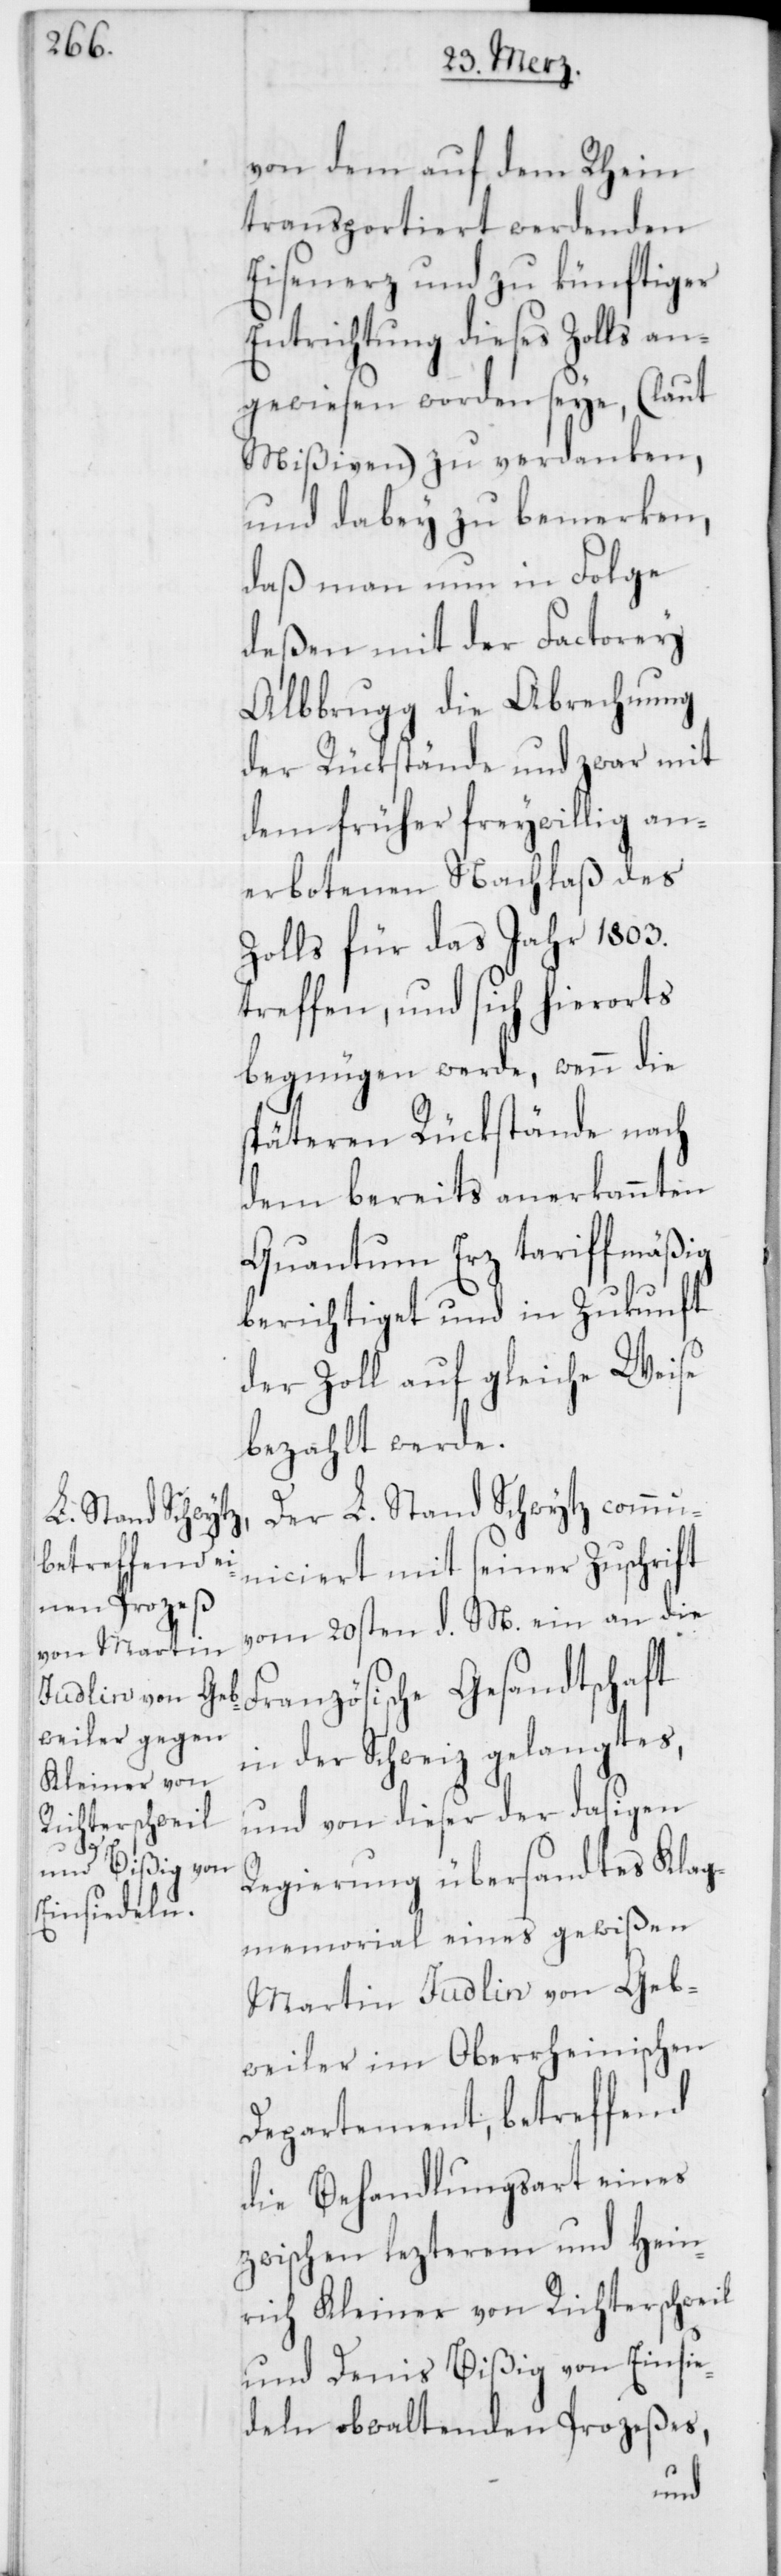
von dem auf dem Rhein
transportiert werdenden
Eisenerz und zu künftiger
Entrichtung dieses Zolls an¬
gewiesen worden seye, (laut
Mißiven) zu verdanken,
und dabey zu bemerken,
daß man nun in Folge
deßen mit der Factorey
Albbrugg die Abrechnung
der Rückstände und zwar mit
dem früher freywillig an¬
erbotenen Nachlaß des
Zolls für das Jahr 1803.
treffen, und sich hierorts
begnügen werde, wenn die
späteren Rückstände nach
dem bereits anerkannten
Quantum Erz tariffmäßig
berichtiget und in Zukunft
der Zoll auf gleiche Weise
bezahlt werde.
Der L. Stand Schwytz commu¬
niciert mit seiner Zuschrift
vom 20sten d. M. ein an die
Französische Gesandtschaft
in der Schweiz gelangtes,
und von dieser der dasigen
Regierung übersandtes Klag¬
memorial eines gewißen
Martin Judlin von Geb¬
weiler im Oberrheinischen
Departement, betreffend
die Behandlungsart eines
zwischen lezterem und Hein¬
rich Kleiner von Richterschweil
und Denis Bißig von Einsie¬
deln obwaltenden Prozeßes,